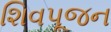
શિવપૂજન